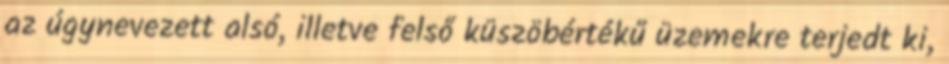
az úgynevezett alsó, illetve felső küszöbértékű üzemekre terjedt ki,